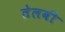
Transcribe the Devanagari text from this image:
तेलबी